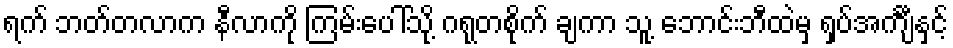
ရက် ဘတ်တလာက နီလာကို ကြမ်းပေါ်သို့ ဂရုတစိုက် ချကာ သူ့ ဘောင်းဘီထဲမှ ရှပ်အင်္ကျီနှင့်